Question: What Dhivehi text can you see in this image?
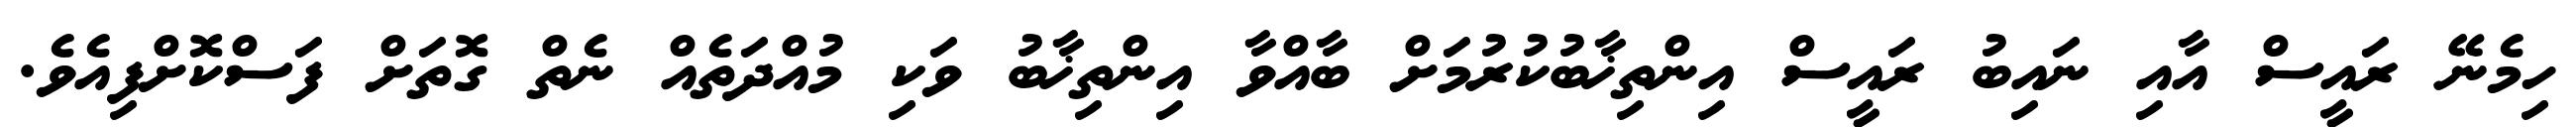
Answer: ހިމެނޭ ރައީސް އާއި ނައިބު ރައީސް އިންތިޚާބުކުރުމަށް ބާއްވާ އިންތިޚާބު ވަކި މުއްދަތެއް ނެތް ގޮތަށް ފަސްކޮށްފިއެވެ.